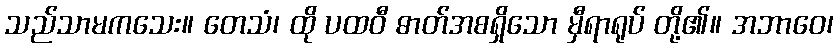
သည်သာမကသေး။ တေသံ၊ ထို ပထဝီ ဓာတ်အစရှိသော မှီရာရုပ် တို့၏။ အဘာဝေ၊